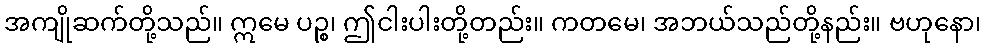
အကျိုဆက်တို့သည်။ ဣမေ ပဉ္စ၊ ဤငါးပါးတို့တည်း။ ကတမေ၊ အဘယ်သည်တို့နည်း။ ဗဟုနော၊